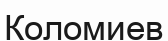
Коломиев